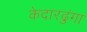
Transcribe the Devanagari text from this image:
केदारढुंगा